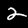
Digit: 2